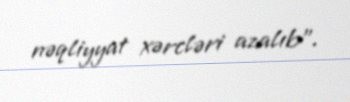
nəqliyyat xərcləri azalıb”.